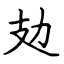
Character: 攰